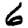
Digit: 6